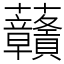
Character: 𧆐